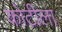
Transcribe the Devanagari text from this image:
कोटीला